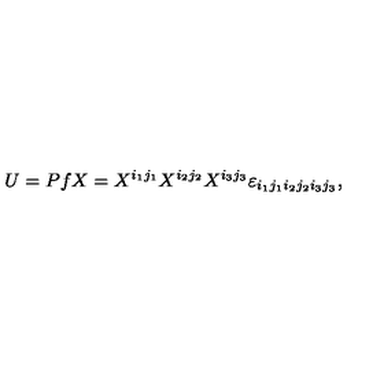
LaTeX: U = P f X = X ^ { i _ { 1 } j _ { 1 } } X ^ { i _ { 2 } j _ { 2 } } X ^ { i _ { 3 } j _ { 3 } } \varepsilon _ { i _ { 1 } j _ { 1 } i _ { 2 } j _ { 2 } i _ { 3 } j _ { 3 } } ,